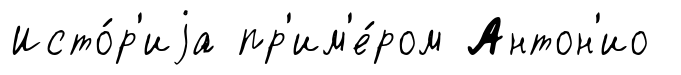
Исто́р'иjа пр'им'е́ром Антон'ио